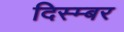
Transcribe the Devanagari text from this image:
दिस्म्बर